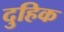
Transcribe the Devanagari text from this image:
दुहिक